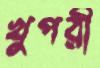
খুপরী